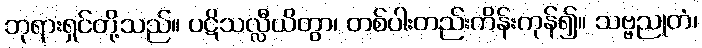
ဘုရားရှင်တို့သည်။ ပဋိသလ္လီယိတွာ၊ တစ်ပါးတည်းကိန်းကုန်၍။ သဗ္ဗညုတံ၊